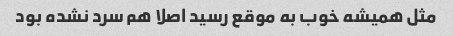
مثل همیشه خوب به موقع رسید اصلا هم سرد نشده بود